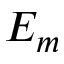
E _ { m }